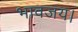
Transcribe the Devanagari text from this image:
भावजय।